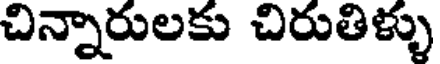
చిన్నారులకు చిరుతిళ్ళు